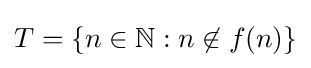
T=\{n\in \mathbb {N} :n\not \in f(n)\}